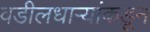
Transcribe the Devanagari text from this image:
वडीलधाऱ्यांकडून